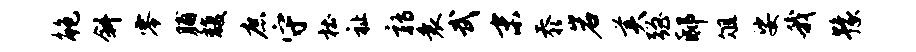
鲍斜零脯馥庶守杜祉鹑衰武末忝岩美强邸俎娑我豫